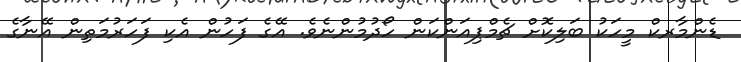
ޑެންމާރކް މީހަކު ބަލިކޮށް ޗެމްޕިއަންކަން ހޯދުމުންނެވެ. އޭގެ ފަހުން އެކި ފަހަރުމަތިން އޭނާގެ